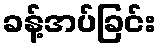
ခန့်အပ်ခြင်း